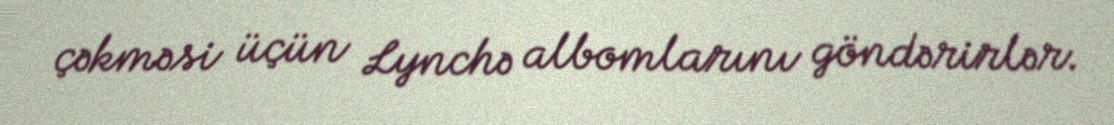
çəkməsi üçün Lynchə albomlarını göndərirlər.